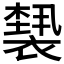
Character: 𰴆